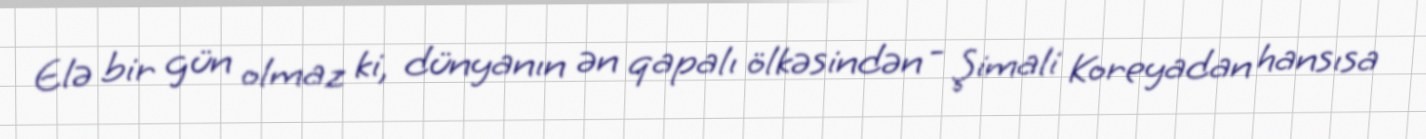
Elə bir gün olmaz ki, dünyanın ən qapalı ölkəsindən - Şimali Koreyadan hansısa